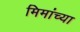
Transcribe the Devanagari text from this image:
मिमांच्या